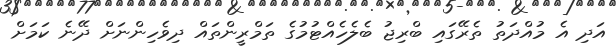
އަދި އެ މުއްދަތު ތެރޭގައި ބްރިޖު ބެލެހެއްޓުމުގެ ތަމްރީންތައް ދިވެހިންނަށް ދޭނެ ކަމަށް